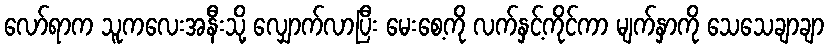
လော်ရာက သူကလေးအနီးသို့ လျှောက်လာပြီး မေးစေ့ကို လက်နှင့်ကိုင်ကာ မျက်နှာကို သေသေချာချာ